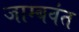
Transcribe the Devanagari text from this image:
जाम्बवंत